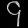
Digit: ၄